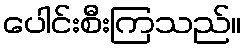
ပေါင်းစီးကြသည်။